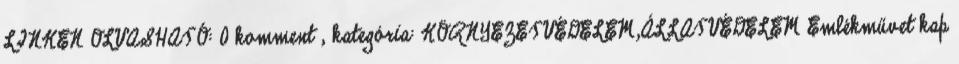
LINKEN OLVASHATÓ: 0 komment , kategória: KÖRNYEZETVÉDELEM,ÁLLATVÉDELEM Emlékművet kap